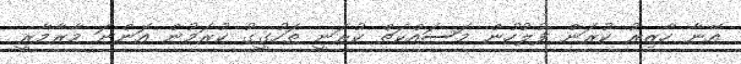
އޭނާ ހާޒިރު ކުރަން ފުލުހުން މަސައްކަތް ކުރަނީ ތަހުގީގު ކުރަމުން އަންނަ މާރާމާރީ